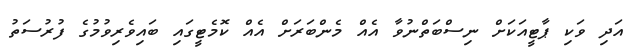
އަދި ވަކި ޕާޓީއަކަށް ނިސްބަތްނުވާ އެއް މެންބަރަށް އެއް ކޮމެޓީގައި ބައިވެރިވުމުގެ ފުރުސަތު